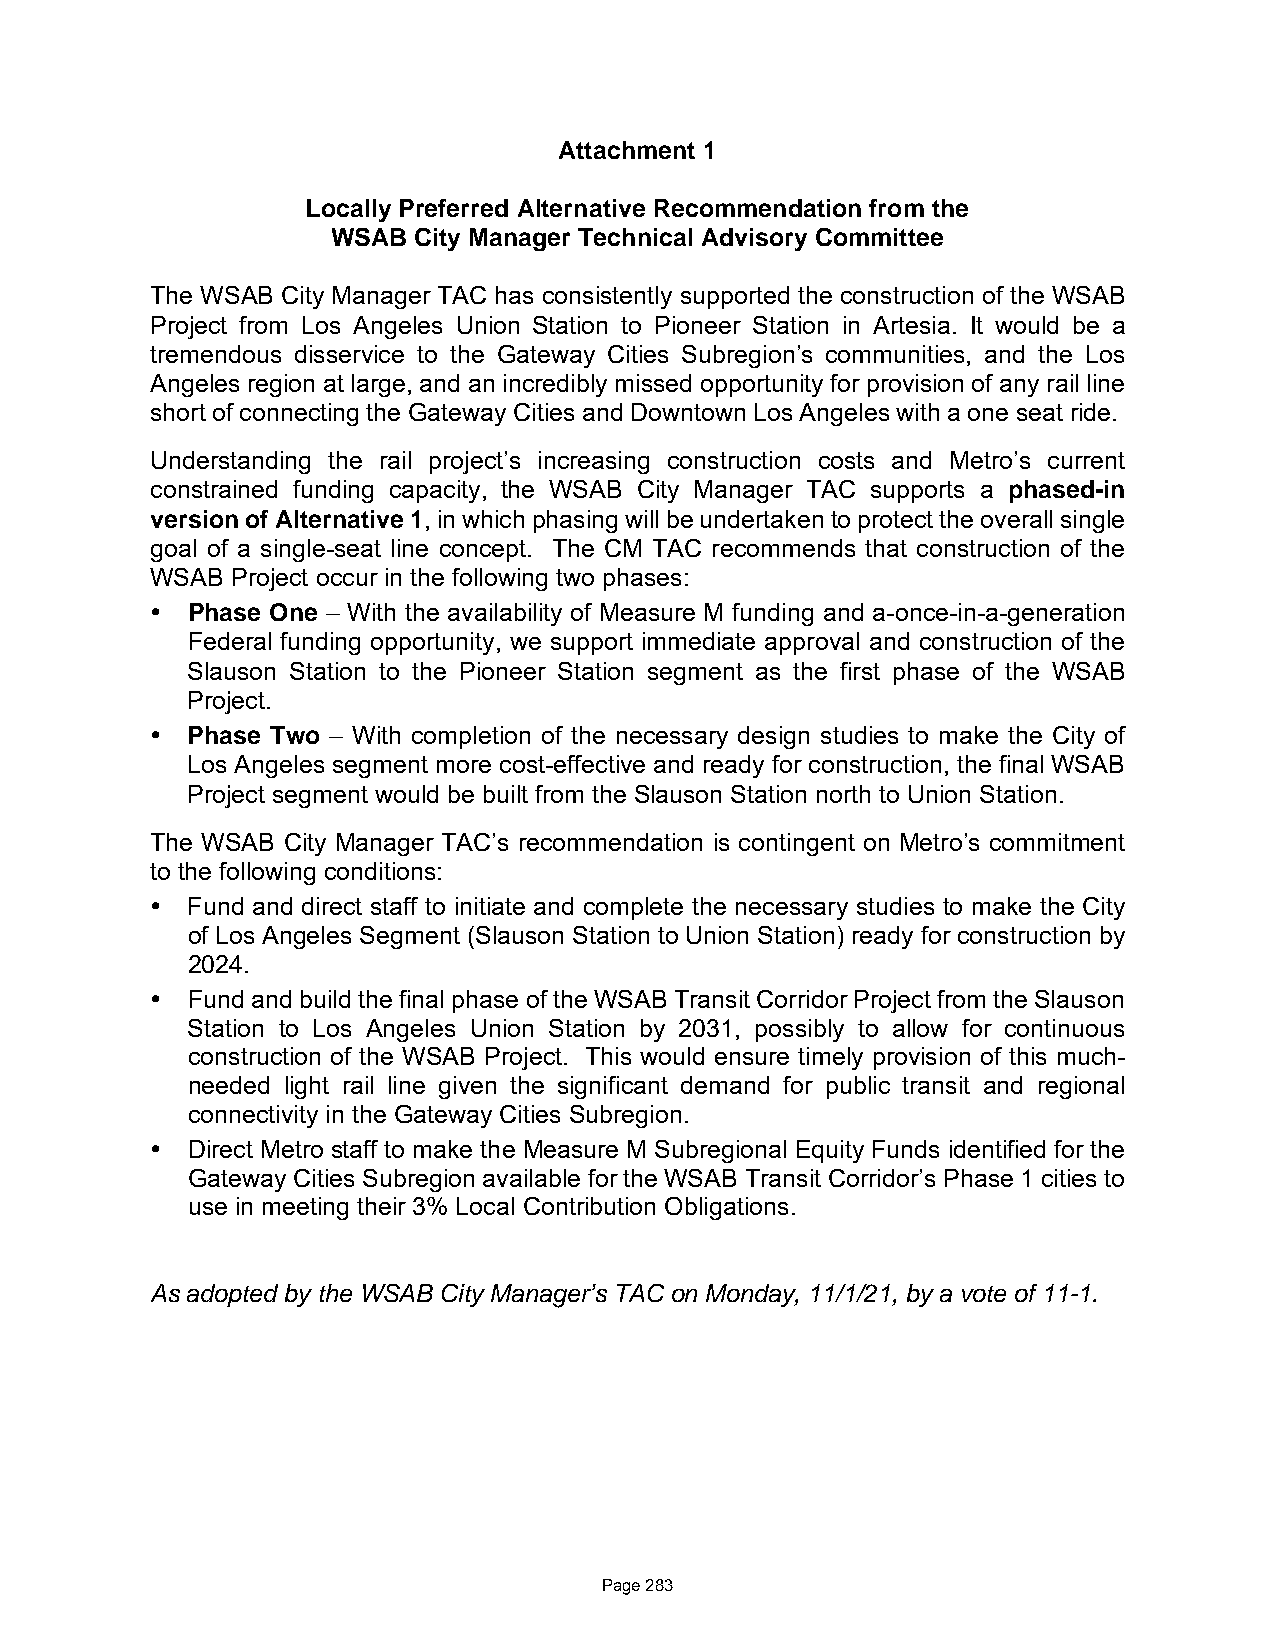
Attachment 1
 Locally Preferred Alternative Recommendation from the
 WSAB City Manager Technical Advisory Committee
 The WSAB City Manager TAC has consistently supported the construction of the WSAB
 Project from Los Angeles Union Station to Pioneer Station in Artesia. It would be a
 tremendous disservice to the Gateway Cities Subregion’s communities, and the Los
 Angeles region at large, and an incredibly missed opportunity for provision of any rail line
 short of connecting the Gateway Cities and Downtown Los Angeles with a one seat ride.
 Understanding the rail project’s increasing construction costs and Metro’s current
 constrained funding capacity, the WSAB City Manager TAC supports a phased-in
 version of Alternative 1, in which phasing will be undertaken to protect the overall single
 goal of a single-seat line concept. The CM TAC recommends that construction of the
 WSAB Project occur in the following two phases:
  Phase One – With the availability of Measure M funding and a-once-in-a-generation
 Federal funding opportunity, we support immediate approval and construction of the
 Slauson Station to the Pioneer Station segment as the first phase of the WSAB
 Project.
  Phase Two – With completion of the necessary design studies to make the City of
 Los Angeles segment more cost-effective and ready for construction, the final WSAB
 Project segment would be built from the Slauson Station north to Union Station.
 The WSAB City Manager TAC’s recommendation is contingent on Metro’s commitment
 to the following conditions:
  Fund and direct staff to initiate and complete the necessary studies to make the City
 of Los Angeles Segment (Slauson Station to Union Station) ready for construction by
 2024.
  Fund and build the final phase of the WSAB Transit Corridor Project from the Slauson
 Station to Los Angeles Union Station by 2031, possibly to allow for continuous
 construction of the WSAB Project. This would ensure timely provision of this much-
 needed light rail line given the significant demand for public transit and regional
 connectivity in the Gateway Cities Subregion.
  Direct Metro staff to make the Measure M Subregional Equity Funds identified for the
 Gateway Cities Subregion available for the WSAB Transit Corridor’s Phase 1 cities to
 use in meeting their 3% Local Contribution Obligations.
 As adopted by the WSAB City Manager’s TAC on Monday, 11/1/21, by a vote of 11-1.
 Page 283